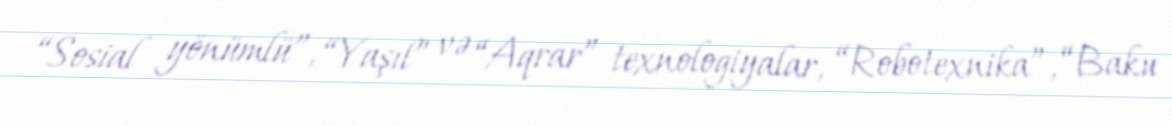
“Sosial yönümlü”, “Yaşıl” və “Aqrar” texnologiyalar, “Robotexnika”, “Baku